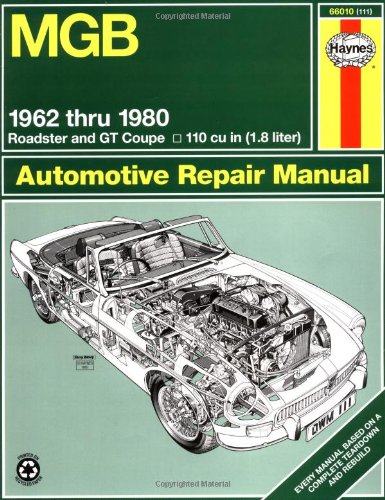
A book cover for MGB Automotive Repair Manual: 1962-1980 MGB Roadster and GT Coupe With 1798 CC (110 cu in Engine) (Haynes Manuals); John Haynes; Engineering & Transportation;